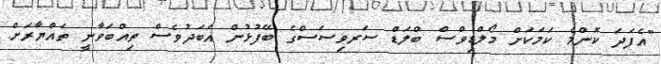
"އެފަދަ ކޮންމެ ކަމަކަށް މޯލްޑިވްސް ބްލަޑް ސަރވިސަސްގެ ބޭފުޅުން އަބަދުވެސް ތިއްބަވާނީ ތައްޔާރަށް.